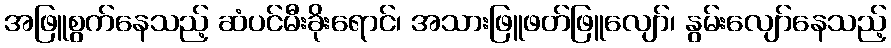
အဖြူစွက်နေသည့် ဆံပင်မီးခိုးရောင်၊ အသားဖြူဖတ်ဖြူလျော်၊ နွမ်းလျော်နေသည့်